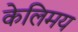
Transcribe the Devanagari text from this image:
केलिमय